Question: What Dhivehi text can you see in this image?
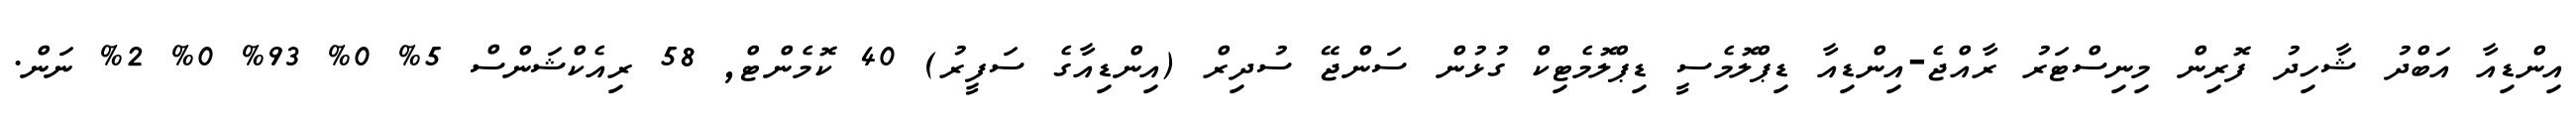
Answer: އިންޑިއާ އަބްދު ޝާހިދު ފޮރިން މިނިސްޓަރު ރާއްޖެ-އިންޑިއާ ޑިޕްލޮމެސީ ޑިޕްލޮމެޓިކް ގުޅުން ސަންޖޭ ސުދިރް (އިންޑިއާގެ ސަފީރު) 40 ކޮމެންޓް, 58 ރިއެކްޝަންސް 5% 0% 93% 0% 2% ނަން.